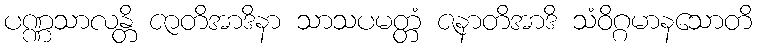
ပဏ္ဏသာလန္တိ ဇာတိအာဒိနာ သာသပမတ္တံ ဇနာတိအာဒိ သံဝိဂ္ဂမာနသောတိ